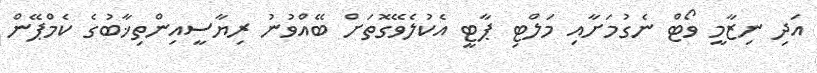
އަދި ނިޒާމީ ވޯޓް ނެގުމަށާއި މަލްޓި ޕާޓީ އެކުލެވޭގޮތަށް ބޭއްވުނު ރިޔާސީއިންތިޚާބުގެ ކެމްޕޭން